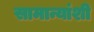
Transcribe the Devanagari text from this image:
सामान्यांशी